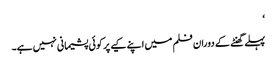
‘
پہلے گھنٹے کے دوران فلم میں اپنے کیے پر کوئی پشیمانی نہیں ہے۔